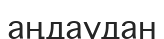
аңдаудан